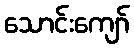
သောင်းကျော်